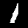
Label: 1